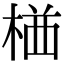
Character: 𭪯